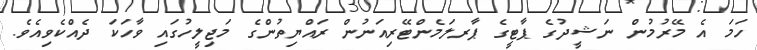
ހަމަ އެ މޭރުމުން ނަޝީދުގެ ޕާޓީގެ ޕާރލަމެންޓޭރިއަނުން ރައްޔިތުންގެ މަޖިލީހުގައި ވާހަކަ ދެއްކެވިއެވެ.